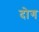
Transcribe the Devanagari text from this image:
दोग